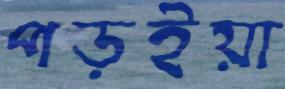
পড়ইয়া